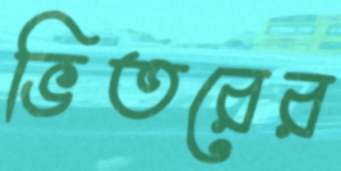
ভিতরের